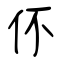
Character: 伓